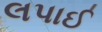
લપાઈ